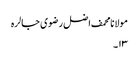
مولانا محمف اضل رضوی جالرہ
۱۳۔